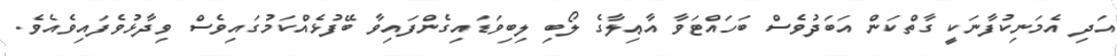
އަދި އެމަނިކުފާނަކީ ގާތްކަން އަބަދުވެސް ބަހައްޓަވާ އާޢިލާގެ ލޯބި ލިބިވަޑައިގެންފައިވާ ބޭފުޅެއްކަމުގައިވެސް ވިދާޅުވެފައިވެއެވެ.